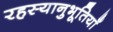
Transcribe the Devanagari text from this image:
रहस्यानुभूतियाँ